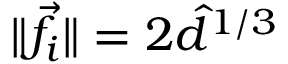
\| \vec { f } _ { i } \| = 2 \hat { d } ^ { 1 / 3 }